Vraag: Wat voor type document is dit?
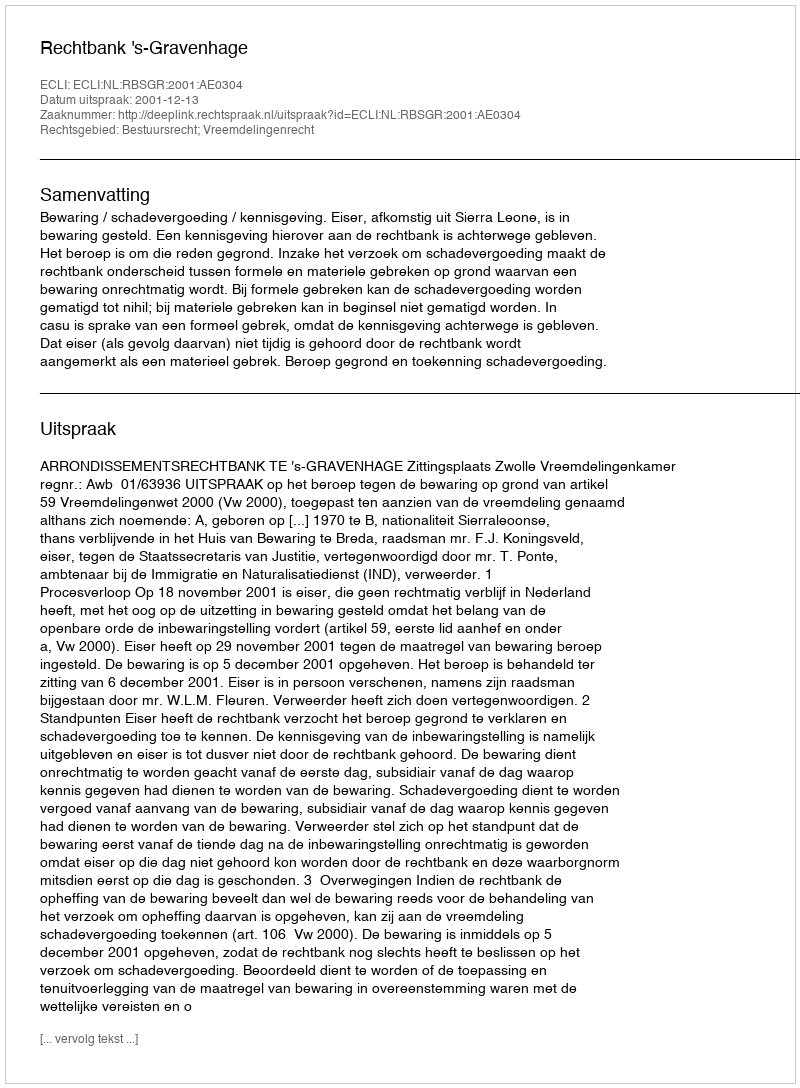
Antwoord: Uitspraak